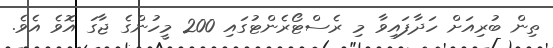
ތިން ބުރިއަށް ހަދާފައިވާ މި ރެސްޓޯރެންޓުގައި 200 މީހުންގެ ޖާގަ އޮވެ އެވެ.